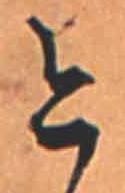
今